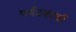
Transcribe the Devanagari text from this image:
पर्यटकाची